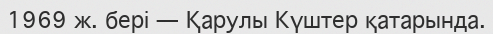
1969 ж. бері — Қарулы Күштер қатарында.